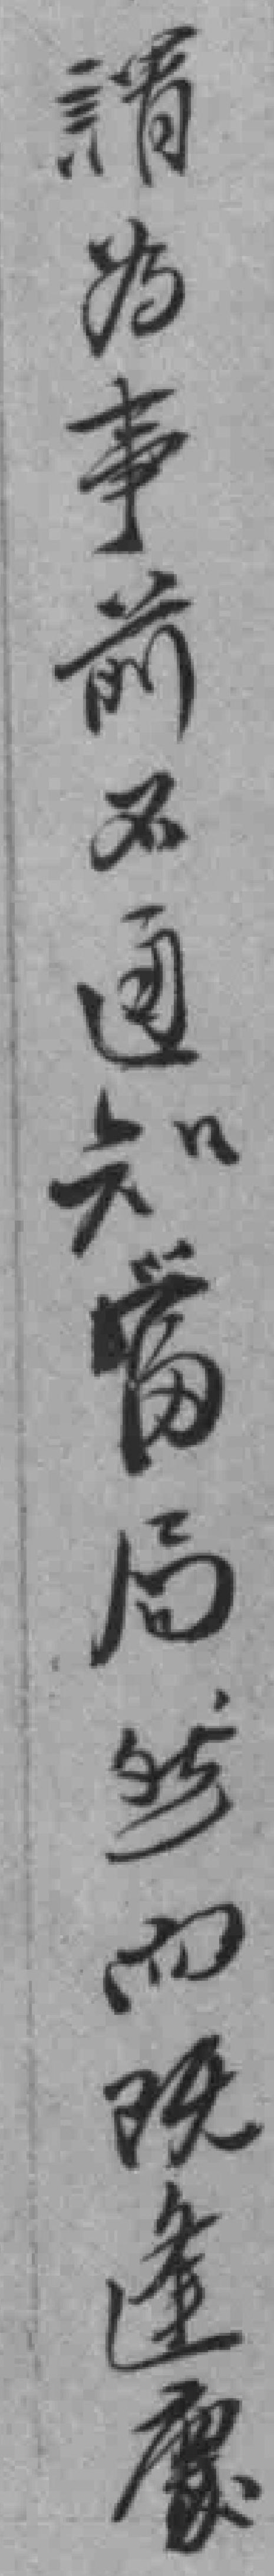
請为事前不通知當局然而既逢慶